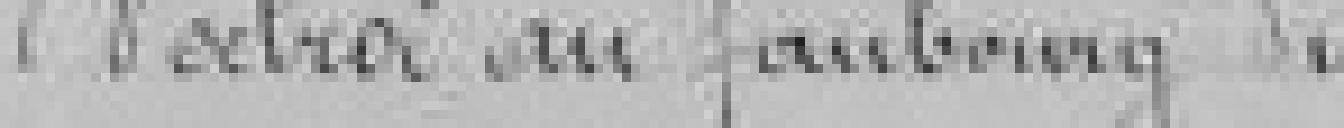
d'octroi au faubourg du